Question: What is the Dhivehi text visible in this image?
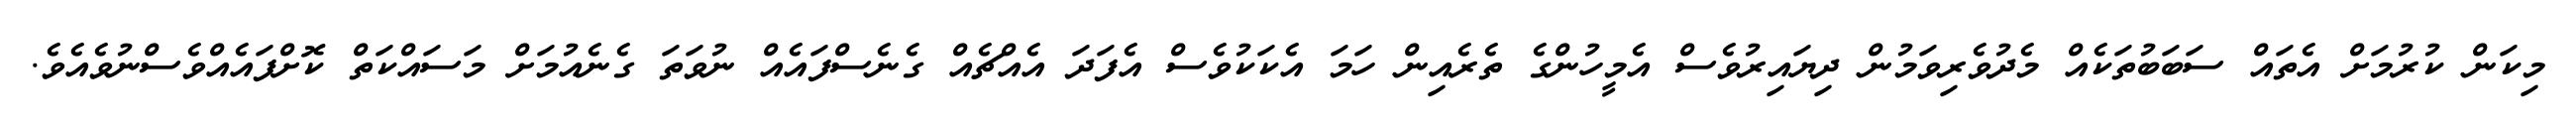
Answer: މިކަން ކުރުމަށް އެތައް ސަބަބުތަކެއް މެދުވެރިވަމުން ދިޔައިރުވެސް އެމީހުންގެ ތެރެއިން ހަމަ އެކަކުވެސް އެފަދަ އެއްޗެއް ގެނެސްފައެއް ނުވަތަ ގެނެއުމަށް މަސައްކަތް ކޮށްފައެއްވެސްނުވެއެވެ.